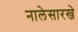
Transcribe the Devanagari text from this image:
नालेसारखे